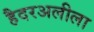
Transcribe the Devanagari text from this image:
हैदरअलीला